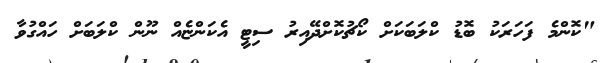
"ކޮންމެ ފަަހަރަކު ބޮޑު ކްލަބަކަށް ކޯޗުކޮށްދޭއިރު ސިޓީ އެކަންޏެއް ނޫން ކްލަބަށް ހައްގުވާ